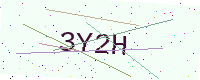
Text: 3Y2H